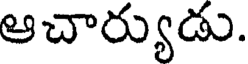
ఆచార్యుడు.